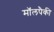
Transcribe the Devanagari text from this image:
मॉलपैकी